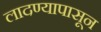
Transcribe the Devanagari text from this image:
लादण्यापासून